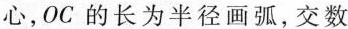
心，OC的长为半径画弧，交数